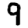
Digit: 9